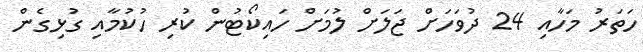
ހަތަރު މަހާއި 24 ދުވަހަށް ޖަލަށް ލުމަށް ހައިކޯޓުން ކުރި ހުކުމާއި ގުޅިގެން